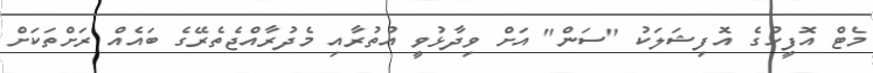
މެޓް އޮފީހުގެ އޮފިޝަލަކު "ސަން" އަށް ވިދާޅުވީ އުތުރާއި މެދުރާއްޖެތެރޭގެ ބައެއް ރަށްތަކަށް